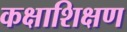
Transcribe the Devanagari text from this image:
कक्षाशिक्षण